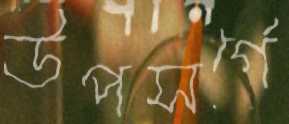
উপসর্গে